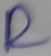
Text: R